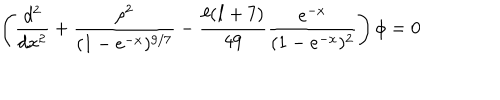
\left( { \frac { d ^ { 2 } } { d x ^ { 2 } } } + { \frac { \rho ^ { 2 } } { ( 1 - e ^ { - x } ) ^ { 9 / 7 } } } - { \frac { \ell ( \ell + 7 ) } { 4 9 } } { \frac { e ^ { - x } } { ( 1 - e ^ { - x } ) ^ { 2 } } } \right) \phi = 0